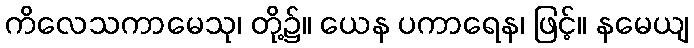
ကိလေသကာမေသု၊ တို့၌။ ယေန ပကာရေန၊ ဖြင့်။ နမေယျ